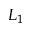
L _ { 1 }